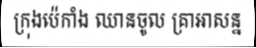
ក្រុងប៉េកាំង ឈានចូល គ្រាអាសន្ន